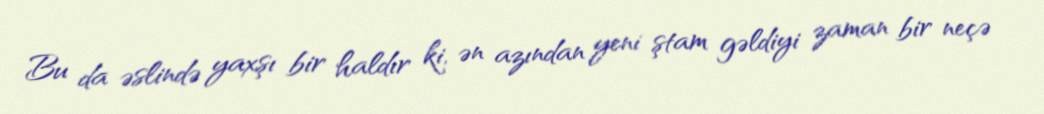
Bu da əslində yaxşı bir haldır ki, ən azından yeni ştam gəldiyi zaman bir neçə